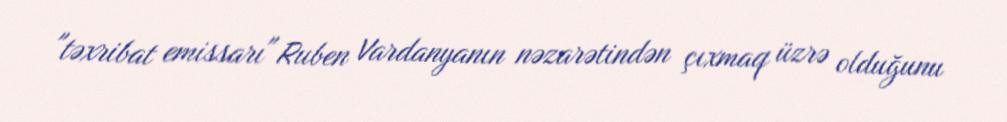
"təxribat emissarı" Ruben Vardanyanın nəzarətindən çıxmaq üzrə olduğunu